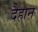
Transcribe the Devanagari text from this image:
दैहान